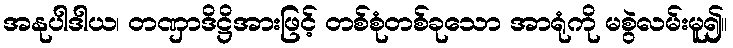
အနုပါဒါယ၊ တဏှာဒိဋ္ဌိအားဖြင့် တစ်စုံတစ်ခုသော အာရုံကို မစွဲလမ်းမူ၍။